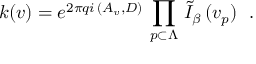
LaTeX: \left. k ( v ) = e ^ { 2 \pi q i \, \left( A _ { v } , D \right) } \, \prod _ { p \subset \Lambda } \, \tilde { I } _ { \beta } \, ( v _ { p } ) \right. \ .